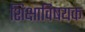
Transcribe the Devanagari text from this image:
शिक्षाविषयक